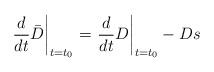
LaTeX: \begin{align*}\left. \frac{d}{dt} \bar{D} \right|_{t=t_0} = \left. \frac{d}{dt} D \right|_{t=t_0} - Ds\end{align*}